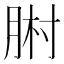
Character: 𦛻